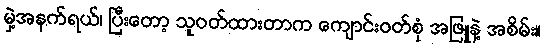
မှဲ့အနက်ရယ်၊ ပြီးတော့ သူဝတ်ထားတာက ကျောင်းဝတ်စုံ အဖြူနဲ့ အစိမ်း။